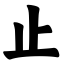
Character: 止